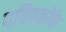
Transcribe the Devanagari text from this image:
पवित्रकोंके